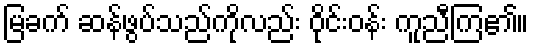
မြခက် ဆန်ဖွပ်သည်ကိုလည်း ဝိုင်းဝန်း ကူညီကြ၏။